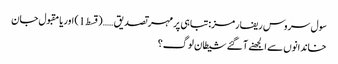
سول سروس ریفارمز:تباہی پر مہر تصدیق ……(قسط 1) اوریا مقبول جان
خاندانوں سے الجھنے آ گئے شیطان لوگ؟